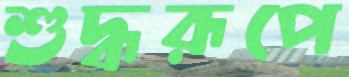
শুদ্ধরূপে